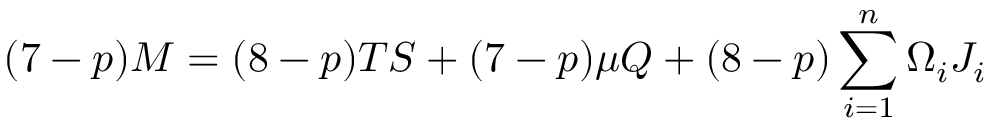
( 7 - p ) M = ( 8 - p ) T S + ( 7 - p ) \mu Q + ( 8 - p ) \sum _ { i = 1 } ^ { n } \Omega _ { i } J _ { i }